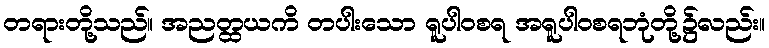
တရားတို့သည်။ အညတ္ထယကိ တပါးသော ရူပါဝစရ အရူပါဝစရဘုံတို့၌လည်း။